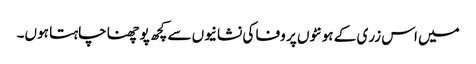
میں اس زری کے ہونٹوں پر وفا کی نشانیوں سے کچھ پوچھنا چاہتا ہوں۔